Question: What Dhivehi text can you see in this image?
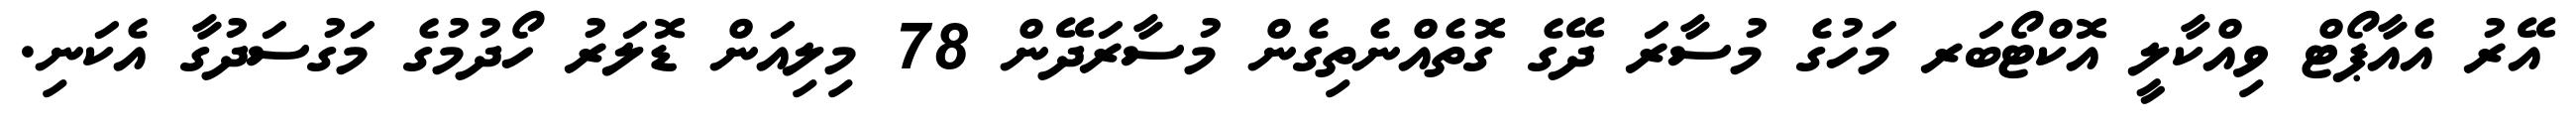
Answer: އޭރު އެއާޕޯޓް ވިއްކާލީ އޮކްޓޯބަރ މަހުގެ މުސާރަ ދޭގެ ގޮތެއްނެތިގެން މުސާރަދޭން 78 މިލިއަން ޑޮލަރު ހޯދުމުގެ މަގުސަދުގާ އެކަނި.